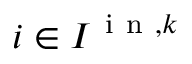
i \in I ^ { \mathrm { ~ i ~ n ~ } , k }